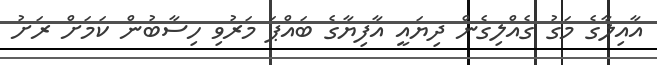
އާއިލާގެ މަގު ގެއްލިގެން ދިޔައީ އާފިޔާގެ ބައްޕަ މަރުވި ހިސާބުން ކަމަށް ރަށު